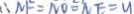
\because N F = N O = N E = y